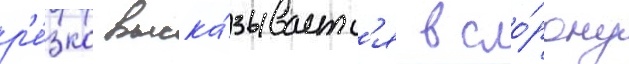
р'е́зко выска́зываетс'я в сто́рону